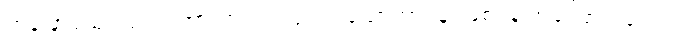
တဖြောင့်သုံးလျက်၊ အားတက်ကျင့်ကြံ၊ သောတာပန်၊ ဖြစ်ရန် အကြောင်းလေး။